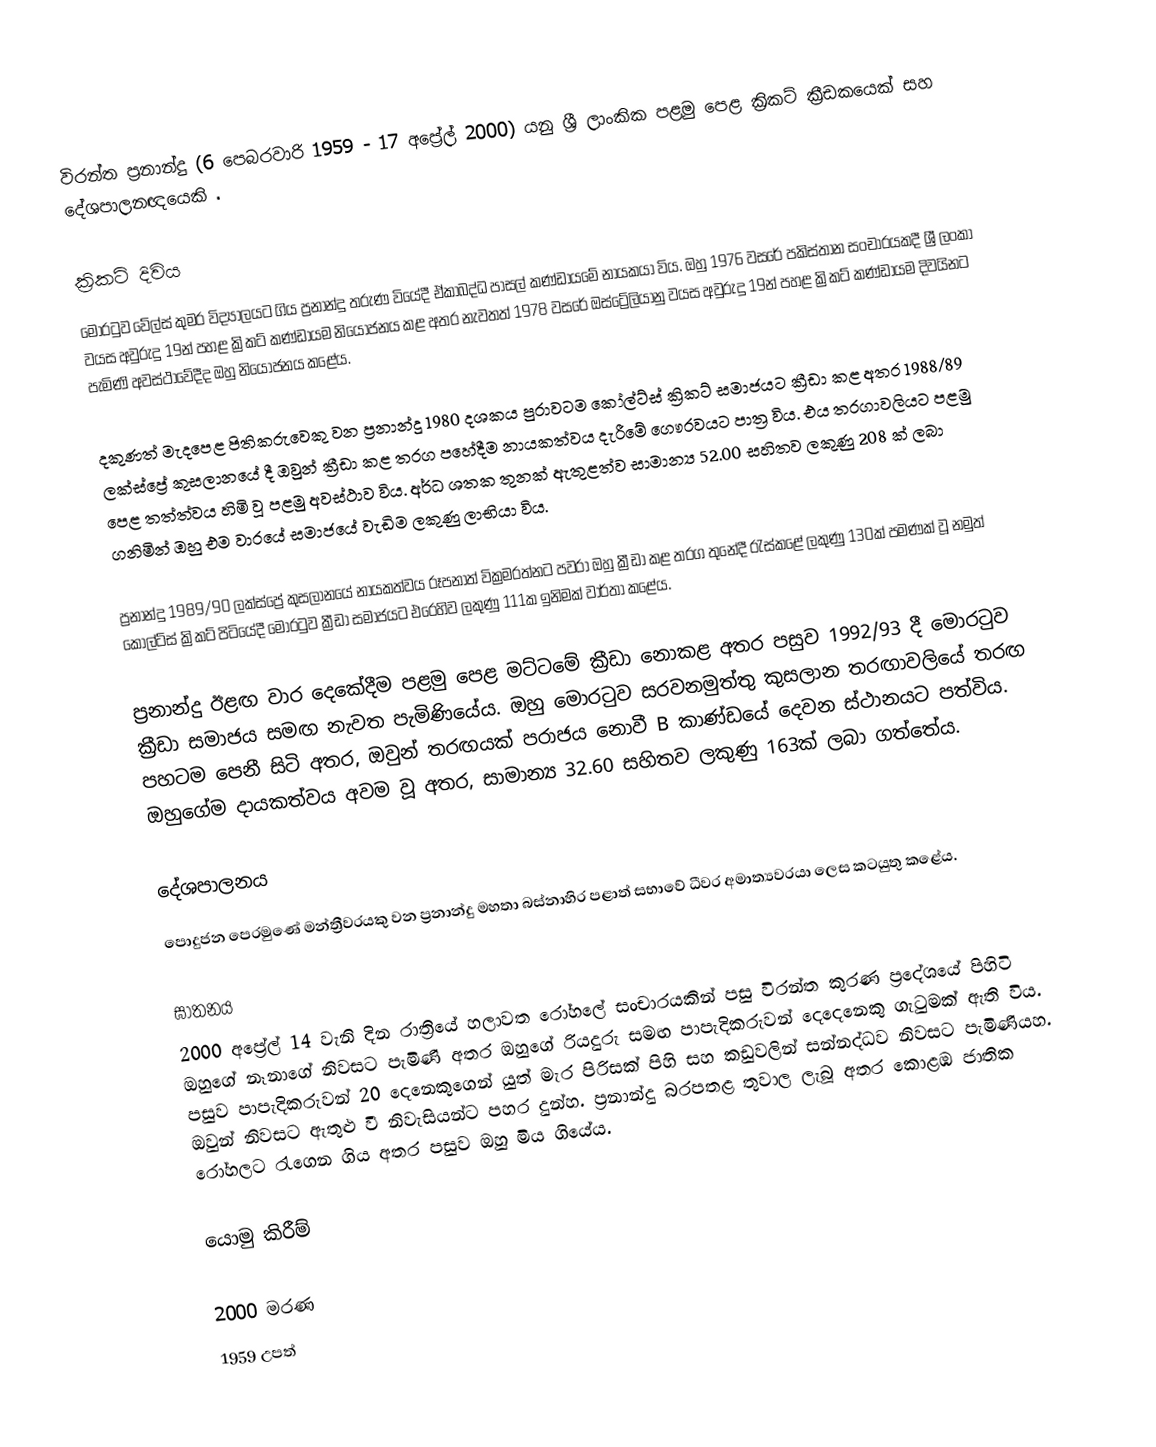
විරන්ත ප්‍රනාන්දු (6 පෙබරවාරි 1959 - 17 අප්‍රේල් 2000) යනු ශ්‍රී ලාංකික පළමු පෙළ ක්‍රිකට් ක්‍රීඩකයෙක් සහ දේශපාලනඥයෙකි .

ක්‍රිකට් දිවිය
මොරටුව වේල්ස් කුමර විද්‍යාලයට ගිය ප්‍රනාන්දු තරුණ වියේදී ඒකාබද්ධ පාසල් කණ්ඩායමේ නායකයා විය. ඔහු 1976 වසරේ පකිස්තාන සංචාරයකදී ශ්‍රී ලංකා වයස අවුරුදු 19න් පහළ ක්‍රිකට් කණ්ඩායම නියෝජනය කළ අතර නැවතත් 1978 වසරේ ඔස්ට්‍රේලියානු වයස අවුරුදු 19න් පහළ ක්‍රිකට් කණ්ඩායම දිවයිනට පැමිණි අවස්ථාවේදීද ඔහු නියෝජනය කළේය.

දකුණත් මැදපෙළ පිතිකරුවෙකු වන ප්‍රනාන්දු 1980 දශකය පුරාවටම කෝල්ට්ස් ක්‍රිකට් සමාජයට ක්‍රීඩා කළ අතර 1988/89 ලක්ස්ප්‍රේ කුසලානයේ දී ඔවුන් ක්‍රීඩා කළ තරග පහේදීම නායකත්වය දැරීමේ ගෞරවයට පාත්‍ර විය. එය තරගාවලියට පළමු පෙළ තත්ත්වය හිමි වූ පළමු අවස්ථාව විය. අර්ධ ශතක තුනක් ඇතුළත්ව සාමාන්‍ය 52.00 සහිතව ලකුණු 208 ක් ලබා ගනිමින් ඔහු එම වාරයේ සමාජයේ වැඩිම ලකුණු ලාභියා විය.

ප්‍රනාන්දු 1989/90 ලක්ස්ප්‍රේ කුසලානයේ නායකත්වය රූපනාත් වික්‍රමරත්නට පවරා ඔහු ක්‍රීඩා කළ තරග තුනේදී රැස්කළේ ලකුණු 130ක් පමණක් වූ නමුත් කෝල්ට්ස් ක්‍රිකට් පිටියේදී මොරටුව ක්‍රීඩා සමාජයට එරෙහිව ලකුණු 111ක ඉනිමක් වාර්තා කළේය.

ප්‍රනාන්දු ඊළඟ වාර දෙකේදීම පළමු පෙළ මට්ටමේ ක්‍රීඩා නොකළ අතර පසුව 1992/93 දී මොරටුව ක්‍රීඩා සමාජය සමඟ නැවත පැමිණියේය. ඔහු මොරටුව සරවනමුත්තු කුසලාන තරඟාවලියේ තරඟ පහටම පෙනී සිටි අතර, ඔවුන් තරඟයක් පරාජය නොවී B කාණ්ඩයේ දෙවන ස්ථානයට පත්විය. ඔහුගේම දායකත්වය අවම වූ අතර, සාමාන්‍ය 32.60 සහිතව ලකුණු 163ක් ලබා ගත්තේය.

දේශපාලනය
පොදුජන පෙරමුණේ මන්ත්‍රීවරයකු වන ප්‍රනාන්දු මහතා බස්නාහිර පළාත් සභාවේ ධීවර අමාත්‍යවරයා ලෙස කටයුතු කළේය.

ඝාතනය
2000 අප්‍රේල් 14 වැනි දින රාත්‍රියේ හලාවත රෝහලේ සංචාරයකින් පසු විරන්ත කුරණ ප්‍රදේශයේ පිහිටි ඔහුගේ නෑනාගේ නිවසට පැමිණි අතර ඔහුගේ රියදුරු සමඟ පාපැදිකරුවන් දෙදෙනෙකු ගැටුමක් ඇති විය. පසුව පාපැදිකරුවන් 20 දෙනෙකුගෙන් යුත් මැර පිරිසක් පිහි සහ කඩුවලින් සන්නද්ධව නිවසට පැමිණියහ. ඔවුන් නිවසට ඇතුළු වී නිවැසියන්ට පහර දුන්හ. ප්‍රනාන්දු බරපතළ තුවාල ලැබූ අතර කොළඹ ජාතික රෝහලට රැගෙන ගිය අතර පසුව ඔහු මිය ගියේය.

යොමු කිරීම්

2000 මරණ
1959 උපත්